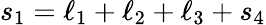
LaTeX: s_{1}=\ell_{1}+\ell_{2}+\ell_{3}+s_{4}